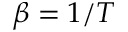
\beta = 1 / T